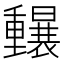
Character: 𲇄